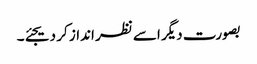
بصورت دیگر اسے نظر انداز کر دیجئے۔